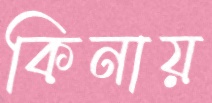
কিনায়